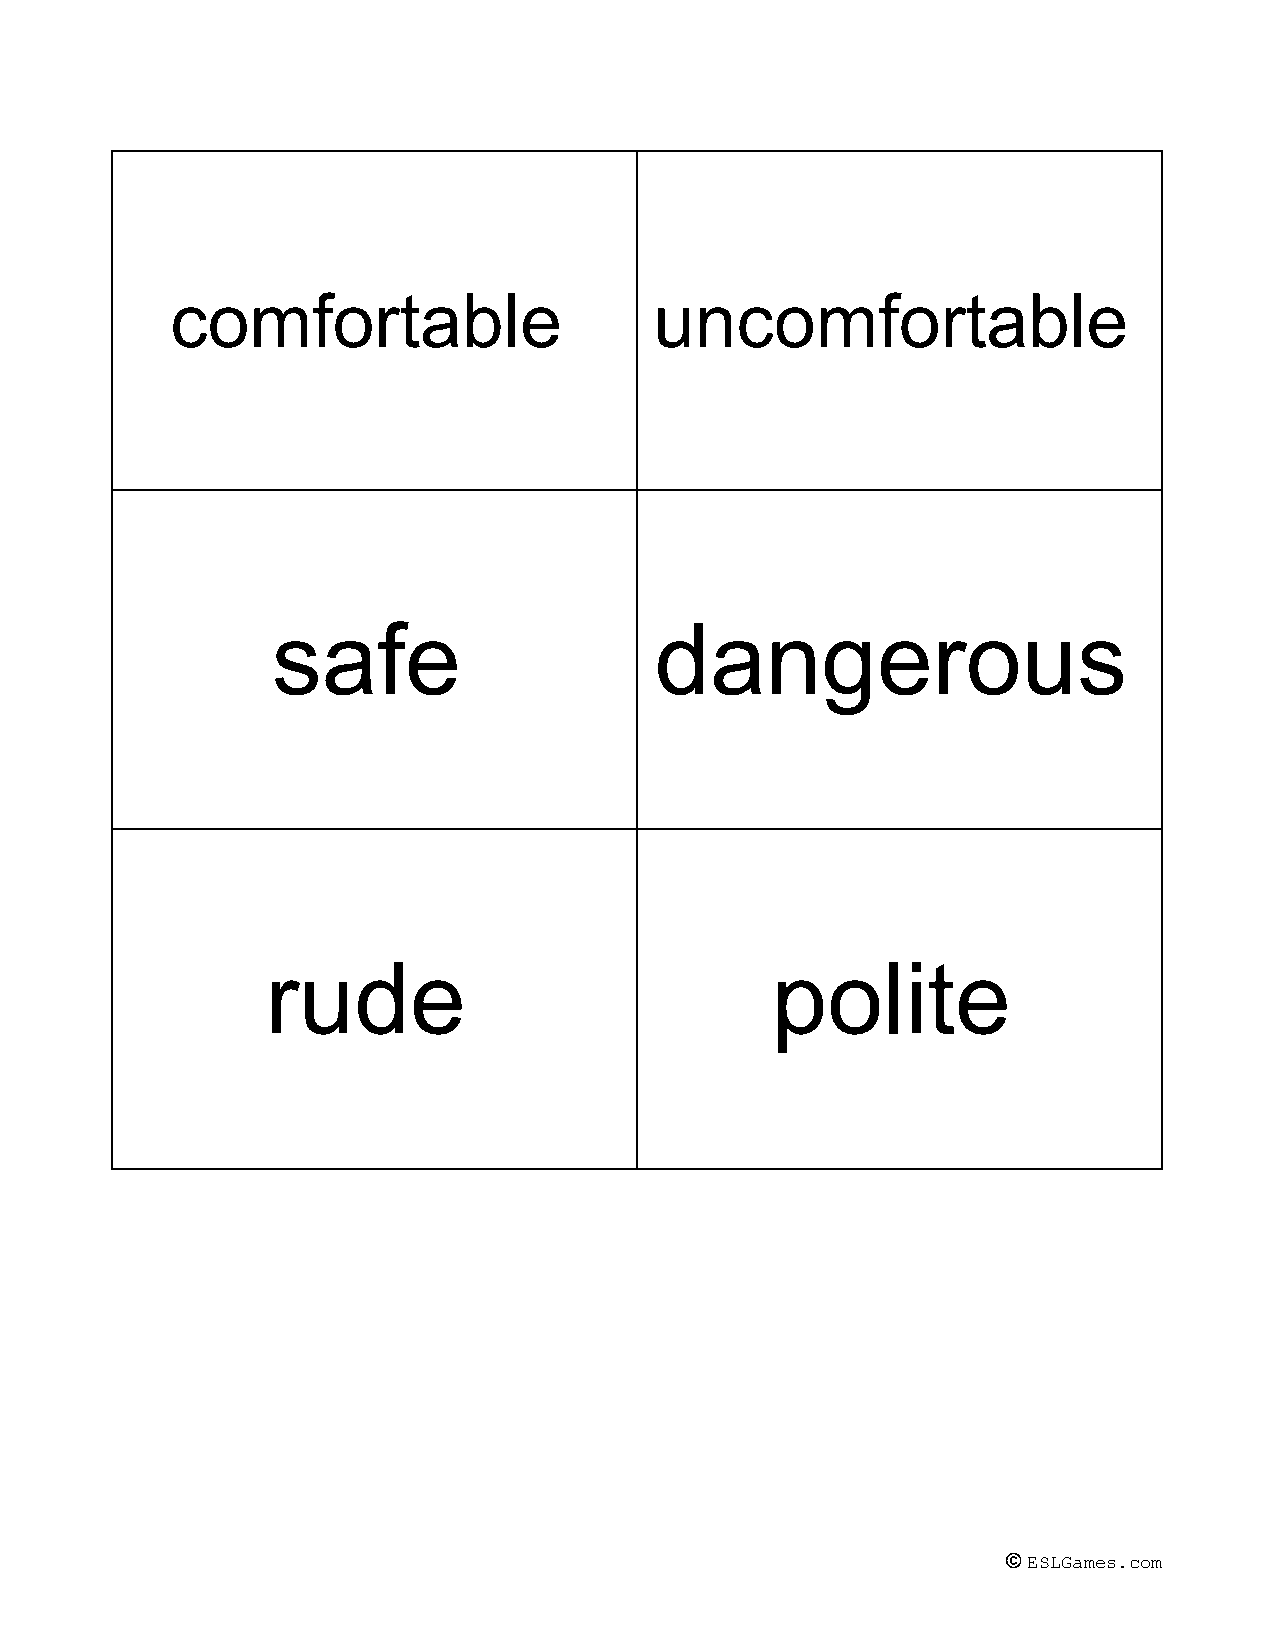
comfortable                     uncomfortable
 safe                     dangerous
 rude                             polite
 © ESLGames.com
 ​